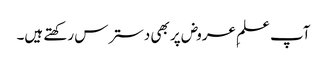
آپ علمِ عروض پر بھی دسترس رکھتے ہیں۔